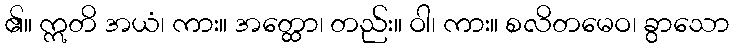
၏။ ဣတိ အယံ၊ ကား။ အတ္ထော၊ တည်း။ ဝါ၊ ကား။ စလိတမေဝ၊ ခွာသော